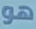
هو